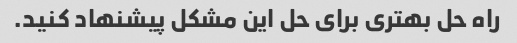
راه حل بهتری برای حل این مشکل پیشنهاد کنید.